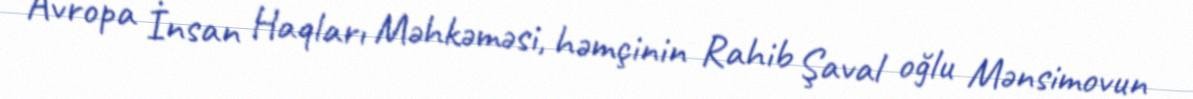
Avropa İnsan Haqları Məhkəməsi, həmçinin Rahib Şaval oğlu Mənsimovun